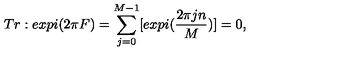
T r : e x p i ( 2 \pi F ) = \sum _ { j = 0 } ^ { M - 1 } [ e x p i ( { \frac { 2 \pi j n } { { M } } } ) ] = 0 , \quad